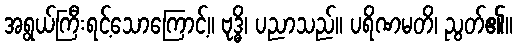
အရွယ်ကြီးရင့်သောကြောင့်။ ဗုဒ္ဓိ၊ ပညာသည်။ ပရိဏမတိ၊ ညွတ်၏။